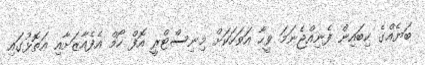
ބަޔެއްގެ ކިބައިން ފެނިއްޖެނަމަ ވީހާ އަވަހަކަށް މިނިސްޓްރީ އޮފް ހޯމް އެފެއާޒަށާއި އަތޮޅުގައި